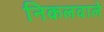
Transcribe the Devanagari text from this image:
निकलवाले